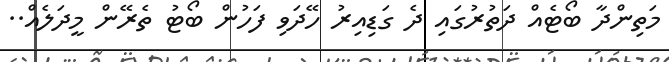
މަތިންދާ ބޯޓެއް ދަތުރުގައި ދެ ގަޑިއިރު ހޭދަވި ފަހުން ބޯޓު ތެރޭން މީދަލެއް..